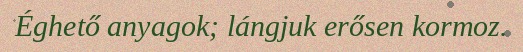
Éghető anyagok; lángjuk erősen kormoz.